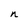
Character: n